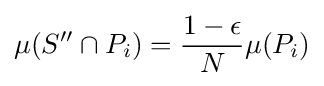
\mu (S''\cap P_{i})={\frac {1-\epsilon }{N}}\mu (P_{i})